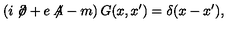
\left( i \not { \! \partial } + e \not { \! \! A } - m \right) G ( x , x ^ { \prime } ) = \delta ( x - x ^ { \prime } ) ,